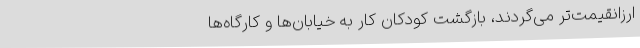
ارزانقیمت‌تر می‌گردند، بازگشت کودکان‌ کار به خیابان‌ها و کارگاه‌ها